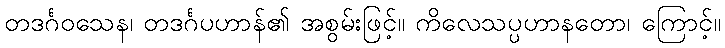
တဒင်္ဂဝသေန၊ တဒင်္ဂပဟာန်၏ အစွမ်းဖြင့်။ ကိလေသပ္ပဟာနတော၊ ကြောင့်။